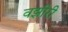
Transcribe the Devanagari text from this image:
वझीरी